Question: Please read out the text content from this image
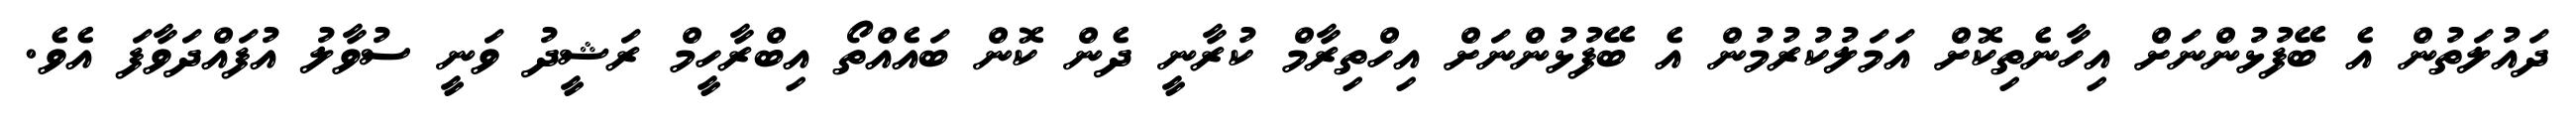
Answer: ދައުލަތުން އެ ބޭފުޅުންނަށް އިހާނެތިކޮށް އަމަލުކުރުމުން އެ ބޭފުޅުންނަށް އިހްތިރާމް ކުރާނީ ދެން ކޮން ބައެއްތޯ އިބްރާހީމް ރަޝީދު ވަނީ ސުވާލު އުފައްދަވާފަ އެވެ.